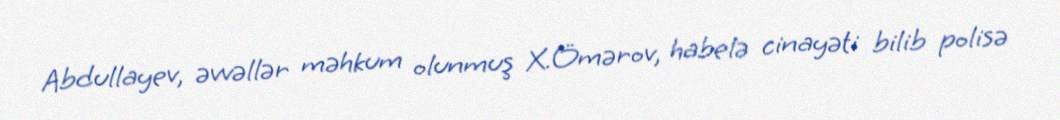
Abdullayev, əvvəllər məhkum olunmuş X.Ömərov, habelə cinayəti bilib polisə